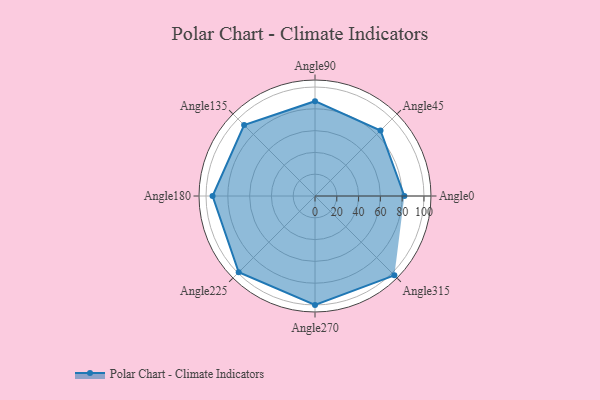
{"axis": {"x": "Angle", "y": "Radius"}, "legend": [""], "data": [{"x": "Angle0", "y": 82.0, "type": ""}, {"x": "Angle45", "y": 85.0, "type": ""}, {"x": "Angle90", "y": 87.0, "type": ""}, {"x": "Angle135", "y": 92.0, "type": ""}, {"x": "Angle180", "y": 94.0, "type": ""}, {"x": "Angle225", "y": 99.0, "type": ""}, {"x": "Angle270", "y": 100.0, "type": ""}, {"x": "Angle315", "y": 103.0, "type": ""}]}